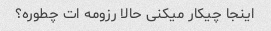
اینجا چیکار میکنی حالا رزومه ات چطوره؟